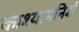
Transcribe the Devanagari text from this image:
काश्यामनिशं